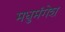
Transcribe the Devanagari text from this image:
मधुमंगेश